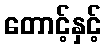
တောင့်နှင့်